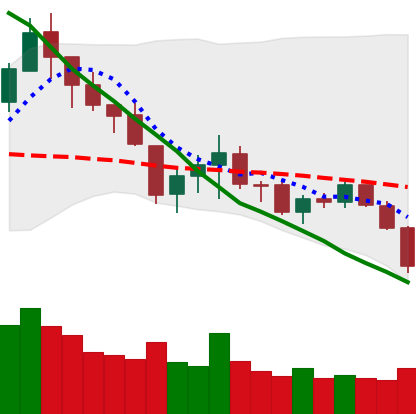
Ticker: LTC-USD
Chart end date: 2018-05-23
Forward return: -6.467%
Label: down_5_7